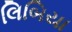
લિબિયા